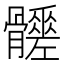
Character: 𩪳